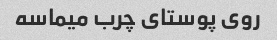
روی پوستای چرب میماسه